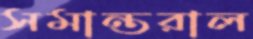
সমান্তরাল